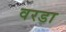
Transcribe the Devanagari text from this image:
वरडा